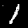
Label: 1